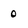
Character: 0